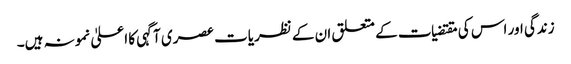
زندگی اور اس کی مقتضیات کے متعلق ان کے نظریات عصری آگہی کا اعلیٰ نمونہ ہیں۔